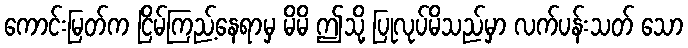
ကောင်းမြတ်က ငြိမ်ကြည့်နေရာမှ မိမိ ဤသို့ ပြုလုပ်မိသည်မှာ လက်ပန်းသတ် သော